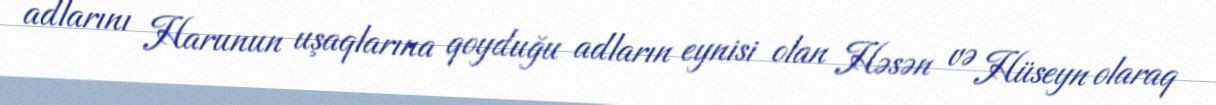
adlarını Harunun uşaqlarına qoyduğu adların eynisi olan Həsən və Hüseyn olaraq